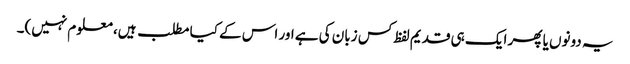
یہ دونوں یا پھر ایک ہی قدیم لفظ کس زبان کی ہے اور اس کے کیا مطلب ہیں، معلوم نہیں)۔